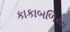
કાકાબળિયા